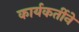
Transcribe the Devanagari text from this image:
कार्यकर्तीने